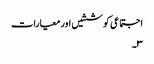
اجتماعی کوششیں اور معیارات
۳۔